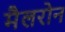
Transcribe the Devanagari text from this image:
मैलरोन